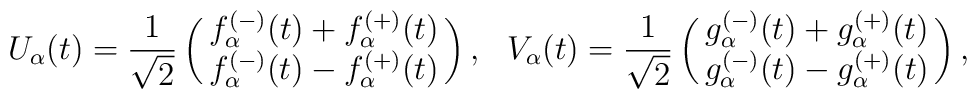
U_{\alpha} (t) = \frac{1}{\sqrt{2}}\pmatrix{f^{(-)}_{\alpha} (t) +f^{(+)}_{\alpha}(t) \cr\\ f^{(-)}_{\alpha} (t) - f^{(+)}_{\alpha}(t)},~~ V_{\alpha} (t) =\frac{1}{\sqrt{2}}\pmatrix{g^{(-)}_{\alpha} (t) + g^{(+)}_{\alpha}(t) \cr\\ g^{(-)}_{\alpha} (t) -  g^{(+)}_{\alpha}(t)},